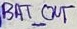
Text: BAT_OUT